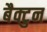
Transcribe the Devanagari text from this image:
बैक्टुन